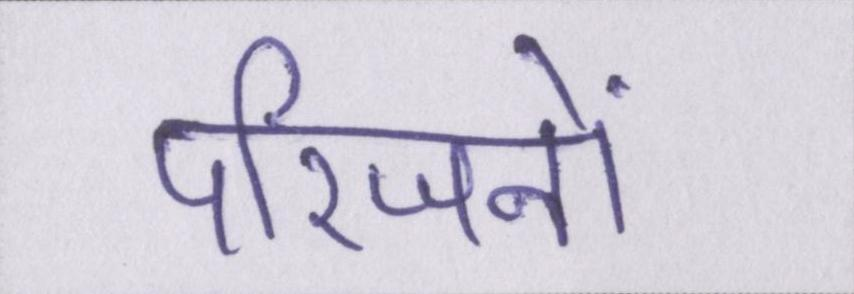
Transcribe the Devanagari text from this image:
परिजनों